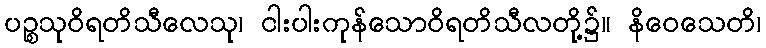
ပဉ္စသုဝိရတိသီလေသု၊ ငါးပါးကုန်သောဝိရတိသီလတို့၌။ နိဝေသေတိ၊